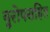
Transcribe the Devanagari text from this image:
युरोपसहित